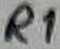
Text: R1